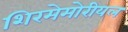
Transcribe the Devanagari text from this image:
शिरमेमोरीयल